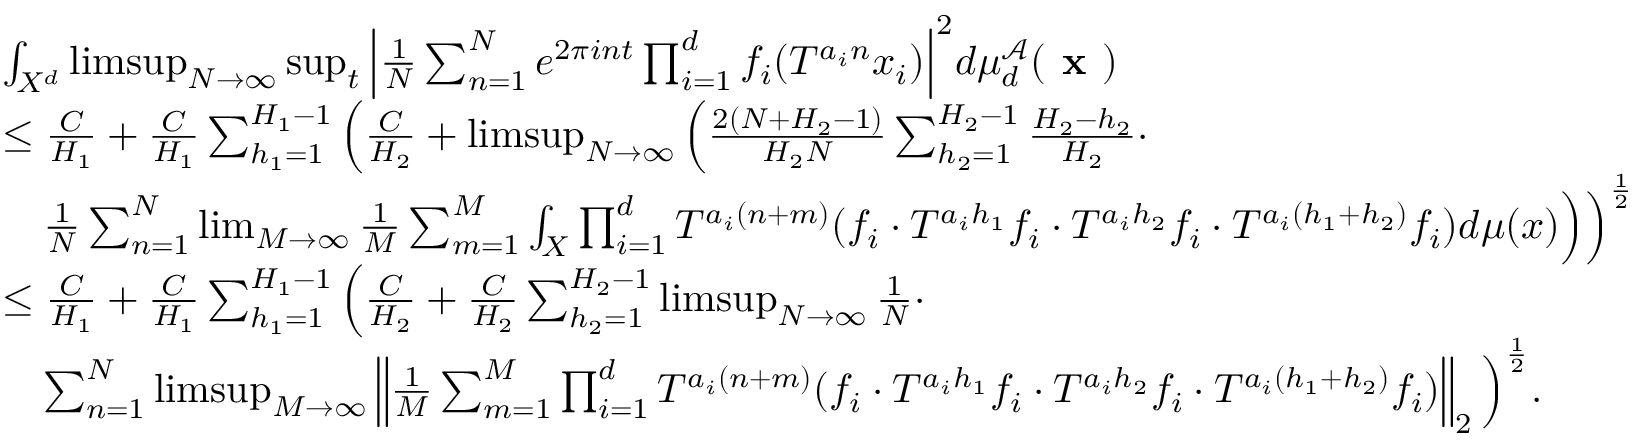
\begin{array} { r l } & { \int _ { X ^ { d } } \operatorname* { l i m s u p } _ { N \rightarrow \infty } \operatorname* { s u p } _ { t } \Big | \frac { 1 } { N } \sum _ { n = 1 } ^ { N } e ^ { 2 \pi i n t } \prod _ { i = 1 } ^ { d } f _ { i } ( T ^ { a _ { i } n } x _ { i } ) \Big | ^ { 2 } d \mu _ { d } ^ { \mathcal { A } } ( \textbf { x } ) } \\ & { \le \frac { C } { H _ { 1 } } + \frac { C } { H _ { 1 } } \sum _ { h _ { 1 } = 1 } ^ { H _ { 1 } - 1 } \Big ( \frac { C } { H _ { 2 } } + \operatorname* { l i m s u p } _ { N \rightarrow \infty } \Big ( \frac { 2 ( N + H _ { 2 } - 1 ) } { H _ { 2 } N } \sum _ { h _ { 2 } = 1 } ^ { H _ { 2 } - 1 } \frac { H _ { 2 } - h _ { 2 } } { H _ { 2 } } \cdot } \\ & { \ \ \ \frac { 1 } { N } \sum _ { n = 1 } ^ { N } \operatorname* { l i m } _ { M \rightarrow \infty } \frac { 1 } { M } \sum _ { m = 1 } ^ { M } \int _ { X } \prod _ { i = 1 } ^ { d } T ^ { a _ { i } ( n + m ) } ( f _ { i } \cdot T ^ { a _ { i } h _ { 1 } } f _ { i } \cdot T ^ { a _ { i } h _ { 2 } } f _ { i } \cdot T ^ { a _ { i } ( h _ { 1 } + h _ { 2 } ) } f _ { i } ) d \mu ( x ) \Big ) \Big ) ^ { \frac { 1 } { 2 } } } \\ & { \le \frac { C } { H _ { 1 } } + \frac { C } { H _ { 1 } } \sum _ { h _ { 1 } = 1 } ^ { H _ { 1 } - 1 } \Big ( \frac { C } { H _ { 2 } } + \frac { C } { H _ { 2 } } \sum _ { h _ { 2 } = 1 } ^ { H _ { 2 } - 1 } \operatorname* { l i m s u p } _ { N \rightarrow \infty } \frac { 1 } { N } \cdot } \\ & { \ \ \ \sum _ { n = 1 } ^ { N } \operatorname* { l i m s u p } _ { M \rightarrow \infty } \left\Vert \frac { 1 } { M } \sum _ { m = 1 } ^ { M } \prod _ { i = 1 } ^ { d } T ^ { a _ { i } ( n + m ) } ( f _ { i } \cdot T ^ { a _ { i } h _ { 1 } } f _ { i } \cdot T ^ { a _ { i } h _ { 2 } } f _ { i } \cdot T ^ { a _ { i } ( h _ { 1 } + h _ { 2 } ) } f _ { i } ) \right\Vert _ { 2 } \Big ) ^ { \frac { 1 } { 2 } } . } \end{array}